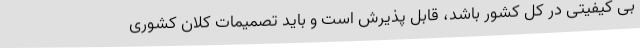
بی کیفیتی در کل کشور باشد، قابل پذیرش است و باید تصمیمات کلان کشوری